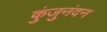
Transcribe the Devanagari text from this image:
कुंजुनंदन